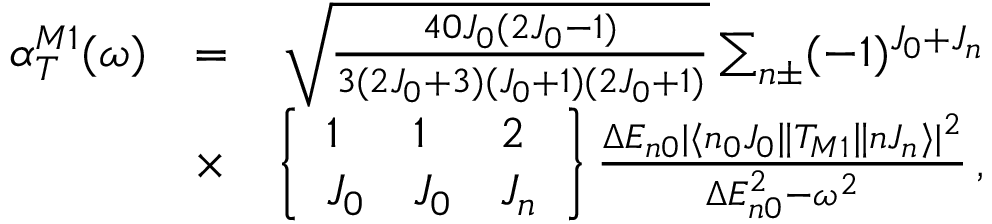
\begin{array} { r l r } { \alpha _ { T } ^ { M 1 } ( \omega ) } & { = } & { \sqrt { \frac { 4 0 J _ { 0 } ( 2 J _ { 0 } - 1 ) } { 3 ( 2 J _ { 0 } + 3 ) ( J _ { 0 } + 1 ) ( 2 J _ { 0 } + 1 ) } } \sum _ { n \pm } ( - 1 ) ^ { J _ { 0 } + J _ { n } } } \\ & { \times } & { \left\{ \begin{array} { l l l } { 1 } & { 1 } & { 2 } \\ { J _ { 0 } } & { J _ { 0 } } & { J _ { n } } \end{array} \right\} \frac { \Delta E _ { n 0 } | \langle n _ { 0 } J _ { 0 } \| T _ { M 1 } \| n J _ { n } \rangle | ^ { 2 } } { \Delta E _ { n 0 } ^ { 2 } - \omega ^ { 2 } } \, , } \end{array}